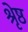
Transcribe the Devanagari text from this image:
श्रृेष्ठ